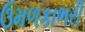
ઉમળકાભરી